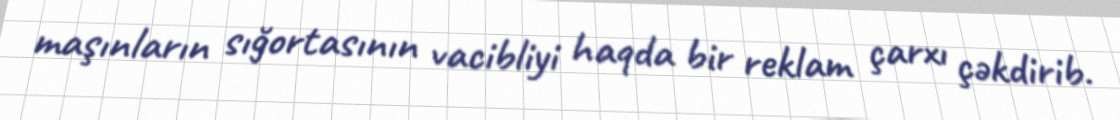
maşınların sığortasının vacibliyi haqda bir reklam çarxı çəkdirib.